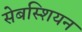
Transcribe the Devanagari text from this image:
सेबस्शियन